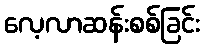
လေ့လာဆန်းစစ်ခြင်း